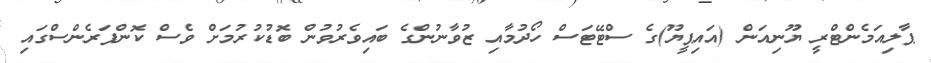
ޕާލިއަމެންޓްރީ ޔޫނިއަން (އައިިޕީޔޫ)ގެ ސްޓޭޓަސް ހޯދުމާއި ޒުވާނުންގެ ބައިވެރުވުން ބޮޑުކުރުމަށް ވެސް ކޮންފަރެންސްގައި